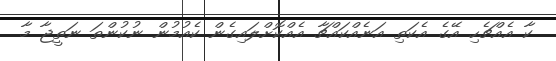
ކާ އެއްޗެހި އޭގެ އެކަތި އަނެއްކައްޗާ އެއްކޮށްލައިގެން ކެއުމުން ނުކުންތަ ނަތީޖާ މާ